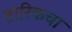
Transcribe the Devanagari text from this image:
तारिकचा